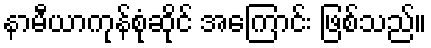
နာမီယာကုန်စုံဆိုင် အကြောင်း ဖြစ်သည်။